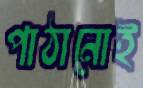
পাঠানোই